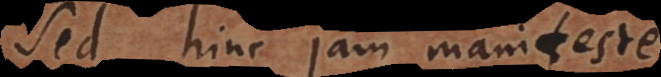
sed hinc jam manifeste